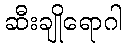
ဆီးချိုရောဂါ